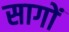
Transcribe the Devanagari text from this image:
सागों